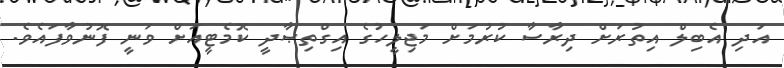
އަދި އެބިލް އިތުރަށް ދިރާސާ ކުރުމަށް މަޖިލީހުގެ އިގްތިޞާދީ ކޮމެޓީއަށް ވަނީ ފޮނުވާފައެވެ.